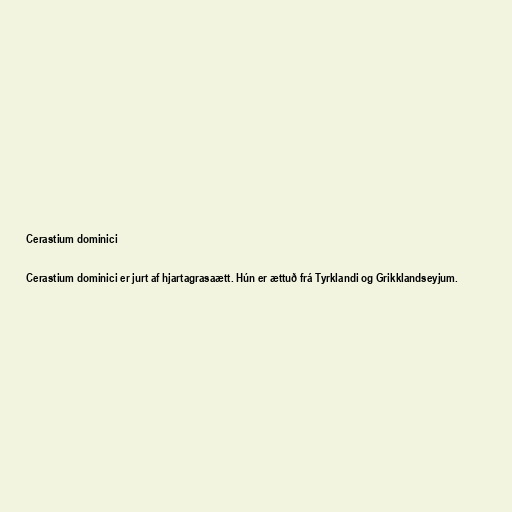
Cerastium dominici

Cerastium dominici er jurt af hjartagrasaætt. Hún er ættuð frá Tyrklandi og Grikklandseyjum.